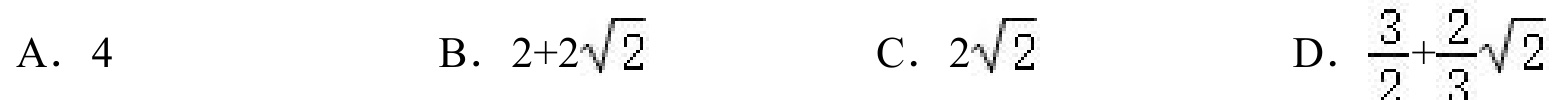
A. \(4\)  B. \(2 + 2\sqrt{2}\)  C. \(2\sqrt{2}\)  D. \(\frac{3}{2}+\frac{2}{3}\sqrt{2}\)